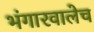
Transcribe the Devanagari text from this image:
भंगारवालेच